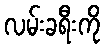
လမ်းခရီးကို